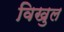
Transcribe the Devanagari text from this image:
विखुल